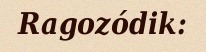
Ragozódik: